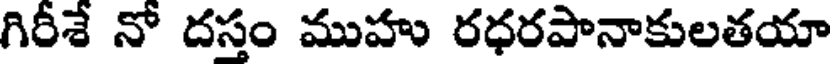
గిరీశే నో దస్తం ముహు రధరపానాకులతయా